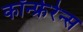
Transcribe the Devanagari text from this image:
कॉन्फ्रेरेन्स